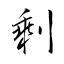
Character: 剩